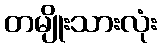
တမျိုးသားလုံး